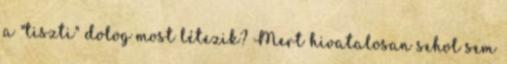
a "tiszti" dolog most létezik? Mert hivatalosan sehol sem